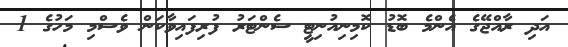
އަދި ރާއްޖޭގެ އެންމެ ބޮޑު ކޮމިނިއުނިޓީ ސެންޓަރު ފުރިފައިވާކަން ވެސްމި މަހުގެ 1